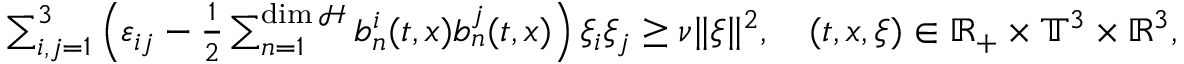
\begin{array} { r } { \sum _ { i , j = 1 } ^ { 3 } \left( \varepsilon _ { i j } - \frac 1 2 \sum _ { n = 1 } ^ { \dim \mathcal { H } } b _ { n } ^ { i } ( t , x ) b _ { n } ^ { j } ( t , x ) \right) \xi _ { i } \xi _ { j } \geq \nu \| \xi \| ^ { 2 } , \quad ( t , x , \xi ) \in \mathbb { R } _ { + } \times \mathbb { T } ^ { 3 } \times \mathbb { R } ^ { 3 } , } \end{array}